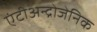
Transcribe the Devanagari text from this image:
एंटीअन्द्रोजेनिक